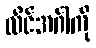
လိင်အင်္ဂါကို